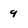
Character: 9